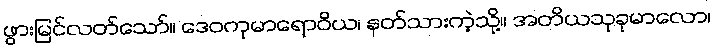
ဖွားမြင်လတ်သော်။ ဒေဝကုမာရောဝိယ၊ နတ်သားကဲ့သို့။ အတိယသုခုမာလော၊